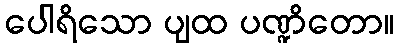
ပေါရိသော ပျထ ပဏ္ဍိတော။